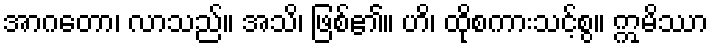
အာဂတော၊ လာသည်။ အသိ၊ ဖြစ်၏။ ဟိ၊ ထိုစကားသင့်စွ။ ဣမိဿာ